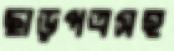
ছাড়পত্রসহ